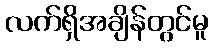
လက်ရှိအချိန်တွင်မူ